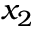
x _ { 2 }